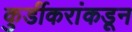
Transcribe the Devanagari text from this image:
कुर्डीकरांकडून